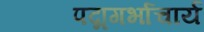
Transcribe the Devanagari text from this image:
पद्मगर्भाचार्य